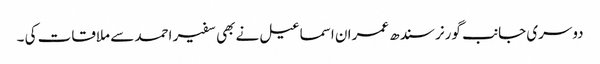
دوسری جانب گورنر سندھ عمران اسماعیل نے بھی سفیر احمد سے ملاقات کی ۔